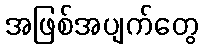
အဖြစ်အပျက်တွေ